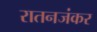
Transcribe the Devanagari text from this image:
रातनजंकर